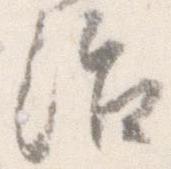
治